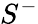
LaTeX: S^{-}